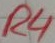
Text: R4